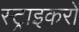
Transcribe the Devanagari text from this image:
स्ट्राइकरों